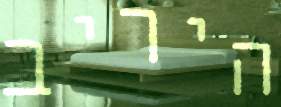
היריב